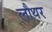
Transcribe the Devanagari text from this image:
लौथर